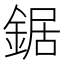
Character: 鋸